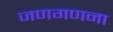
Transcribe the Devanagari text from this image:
जणगणना